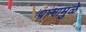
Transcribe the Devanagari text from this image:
पानामुळे